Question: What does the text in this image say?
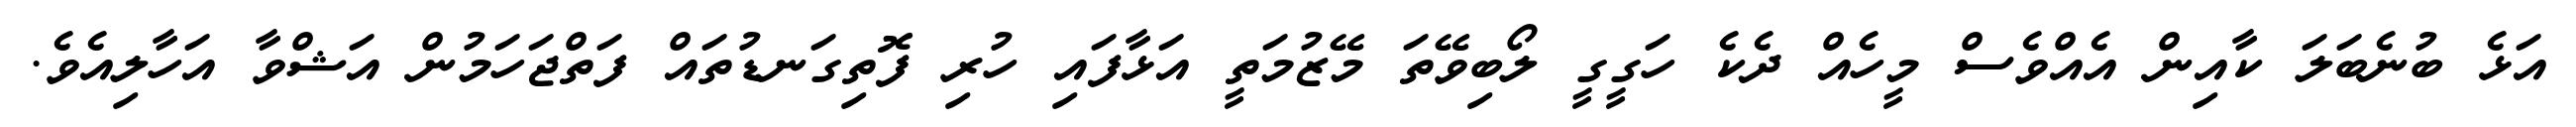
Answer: އަޅެ ބުނެބަލަ ކާއިން އެއްވެސް މީހެއް ދެކެ ހަގީގީ ލޯބިވޭތަ މޭޒުމަތީ އަޅާފައި ހުރި ފޮތިގަނޑުތައް ފަތްޖަހަމުން އަޝްވާ އަހާލިއެވެ.